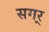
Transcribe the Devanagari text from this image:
सगर्